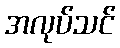
အလုပ်သင်